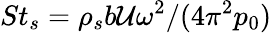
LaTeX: St_{s}={\rho_{s}b\mathcal{U}\omega^{2}}/(4\pi^{2}p_{0})